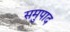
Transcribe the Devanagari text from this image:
समुपाद